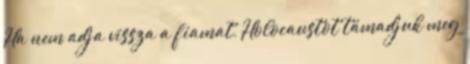
Ha nem adja vissza a fiamat, Holocaustot támadjuk meg